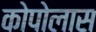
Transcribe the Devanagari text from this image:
कोपोलास